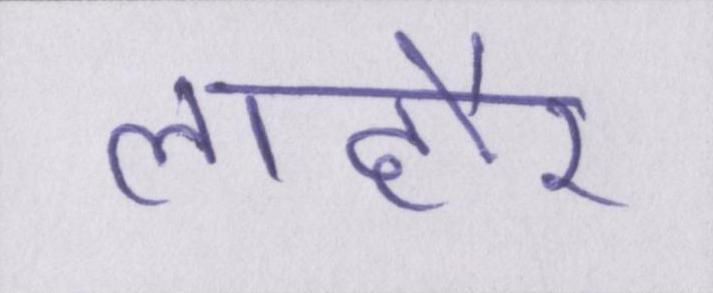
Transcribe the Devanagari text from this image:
लाहौर